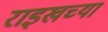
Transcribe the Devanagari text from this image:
राइखच्या